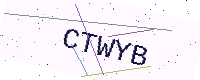
Text: CTWYB